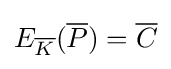
E_{\overline {K}}({\overline {P}})={\overline {C}}